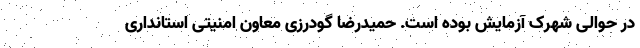
در حوالی شهرک آزمایش بوده است. حمیدرضا گودرزی معاون امنیتی استانداری